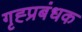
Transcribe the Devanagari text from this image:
गृह्प्रबंधक